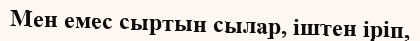
Мен емес сыртын сылар, іштен іріп,